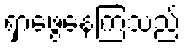
ရှာဖွေနေကြသည်